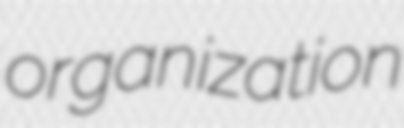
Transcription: organization